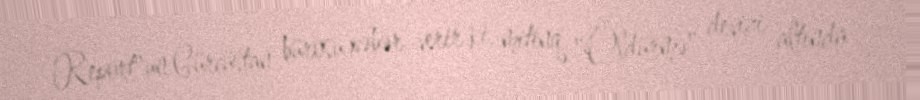
Report"un Gürcüstan bürosu xəbər verir ki, mitinq "Öldürmə" devizi altında